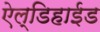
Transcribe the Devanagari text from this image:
ऐल्डिहाईड